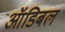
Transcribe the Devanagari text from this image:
ऑडिबल